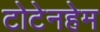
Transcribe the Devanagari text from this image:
टोटेनहेम